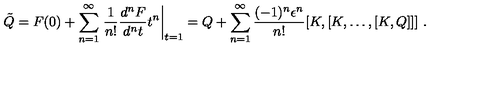
\tilde { Q } = F ( 0 ) + \sum _ { n = 1 } ^ { \infty } \left. \frac { 1 } { n ! } \frac { d ^ { n } F } { d ^ { n } t } t ^ { n } \right| _ { t = 1 } = Q + \sum _ { n = 1 } ^ { \infty } \frac { ( - 1 ) ^ { n } \epsilon ^ { n } } { n ! } [ K , [ K , \dots , [ K , Q ] ] ] \ .